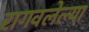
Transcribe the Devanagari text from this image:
रागवलेल्या